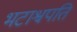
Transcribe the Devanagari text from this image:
भटाश्वपति